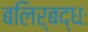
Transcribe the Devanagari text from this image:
बलिर्बद्धः